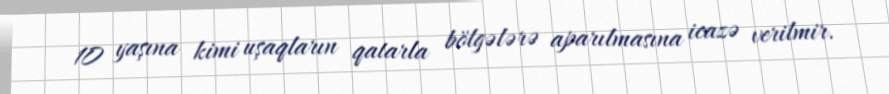
10 yaşına kimi uşaqların qatarla bölgələrə aparılmasına icazə verilmir.